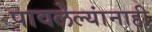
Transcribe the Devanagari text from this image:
पावलेल्यांनाही